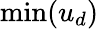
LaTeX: \operatorname*{min}(u_{d})